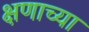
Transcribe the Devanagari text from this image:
क्षणाच्या